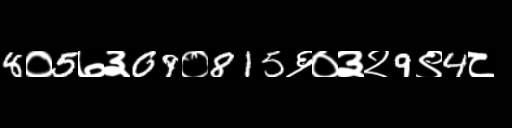
Text: 8०5७३09०815६०३२9९4८